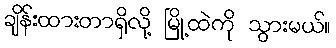
ချိန်းထားတာရှိလို့ မြို့ထဲကို သွားမယ်။